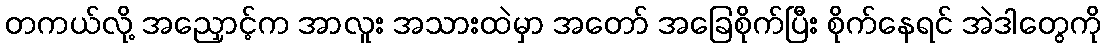
တကယ်လို့ အညှောင့်က အာလူး အသားထဲမှာ အတော် အခြေစိုက်ပြီး စိုက်နေရင် အဲဒါတွေကို